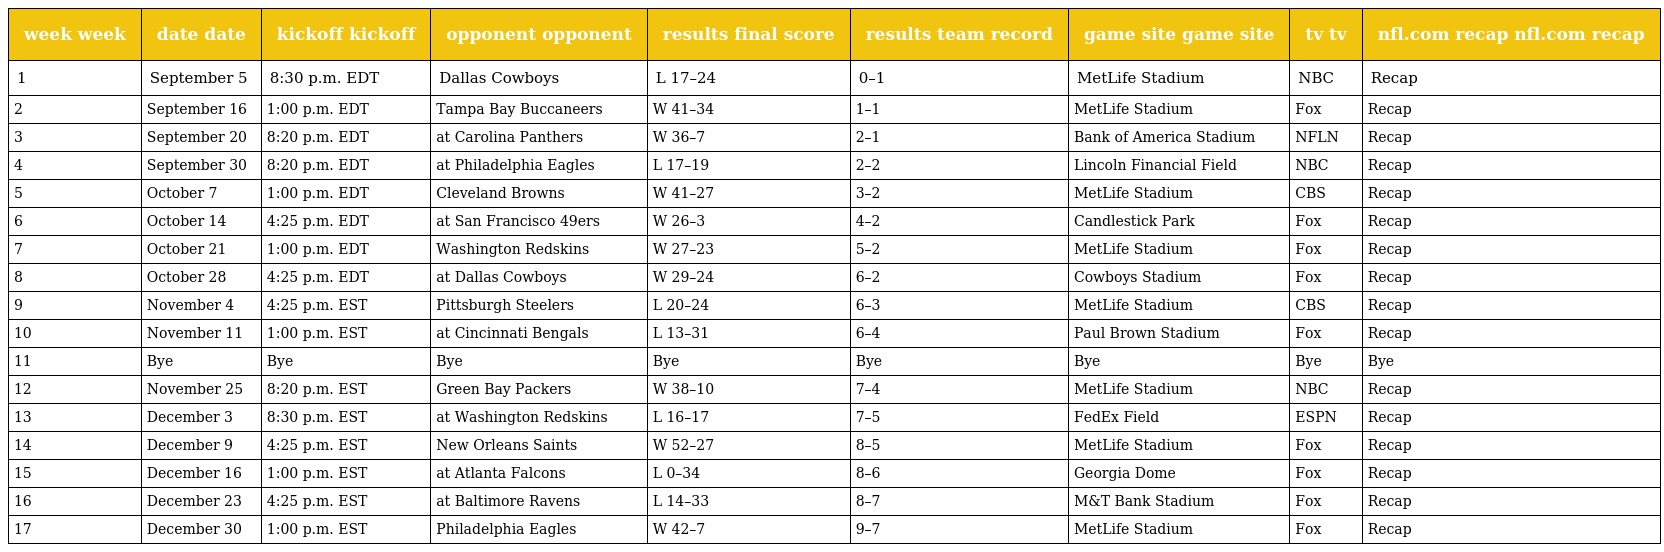
| week week | date date | kickoff kickoff | opponent opponent | results final score | results team record | game site game site | tv tv | nfl.com recap nfl.com recap |
 | --- | --- | --- | --- | --- | --- | --- | --- | --- |
 | 1 | September 5 | 8:30 p.m. EDT | Dallas Cowboys | L 17–24 | 0–1 | MetLife Stadium | NBC | Recap |
 | 2 | September 16 | 1:00 p.m. EDT | Tampa Bay Buccaneers | W 41–34 | 1–1 | MetLife Stadium | Fox | Recap |
 | 3 | September 20 | 8:20 p.m. EDT | at Carolina Panthers | W 36–7 | 2–1 | Bank of America Stadium | NFLN | Recap |
 | 4 | September 30 | 8:20 p.m. EDT | at Philadelphia Eagles | L 17–19 | 2–2 | Lincoln Financial Field | NBC | Recap |
 | 5 | October 7 | 1:00 p.m. EDT | Cleveland Browns | W 41–27 | 3–2 | MetLife Stadium | CBS | Recap |
 | 6 | October 14 | 4:25 p.m. EDT | at San Francisco 49ers | W 26–3 | 4–2 | Candlestick Park | Fox | Recap |
 | 7 | October 21 | 1:00 p.m. EDT | Washington Redskins | W 27–23 | 5–2 | MetLife Stadium | Fox | Recap |
 | 8 | October 28 | 4:25 p.m. EDT | at Dallas Cowboys | W 29–24 | 6–2 | Cowboys Stadium | Fox | Recap |
 | 9 | November 4 | 4:25 p.m. EST | Pittsburgh Steelers | L 20–24 | 6–3 | MetLife Stadium | CBS | Recap |
 | 10 | November 11 | 1:00 p.m. EST | at Cincinnati Bengals | L 13–31 | 6–4 | Paul Brown Stadium | Fox | Recap |
 | 11 | Bye | Bye | Bye | Bye | Bye | Bye | Bye | Bye |
 | 12 | November 25 | 8:20 p.m. EST | Green Bay Packers | W 38–10 | 7–4 | MetLife Stadium | NBC | Recap |
 | 13 | December 3 | 8:30 p.m. EST | at Washington Redskins | L 16–17 | 7–5 | FedEx Field | ESPN | Recap |
 | 14 | December 9 | 4:25 p.m. EST | New Orleans Saints | W 52–27 | 8–5 | MetLife Stadium | Fox | Recap |
 | 15 | December 16 | 1:00 p.m. EST | at Atlanta Falcons | L 0–34 | 8–6 | Georgia Dome | Fox | Recap |
 | 16 | December 23 | 4:25 p.m. EST | at Baltimore Ravens | L 14–33 | 8–7 | M&T Bank Stadium | Fox | Recap |
 | 17 | December 30 | 1:00 p.m. EST | Philadelphia Eagles | W 42–7 | 9–7 | MetLife Stadium | Fox | Recap |